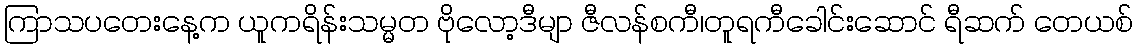
ကြာသပတေးနေ့က ယူကရိန်းသမ္မတ ဗိုလော့ဒီမျာ ဇီလန်စကီ၊တူရကီခေါင်းဆောင် ရီဆက် တေယစ်